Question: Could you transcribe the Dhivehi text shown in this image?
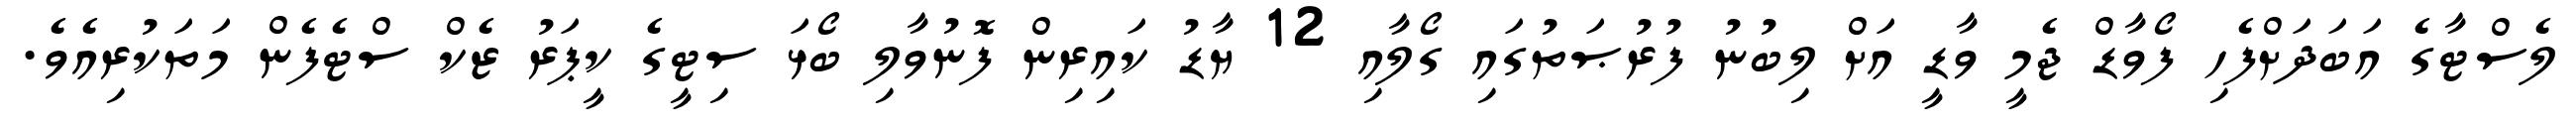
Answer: ލެސްޓާގެ އަބަދަށްފެހި ފޯވާޑް ޖެމީ ވާޑީ އަށް ލިބުނު ފުރުޞަތުގައި ގޯލާއި 12 ޔާޑު ކައިރިން ފޮނުވާލި ބޯޅަ ސިޓީގެ ކީޕަރު ޒެކް ސްޓެފެން މަތަކުރިއެވެ.